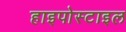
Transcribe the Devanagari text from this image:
हाइपोस्टाइल